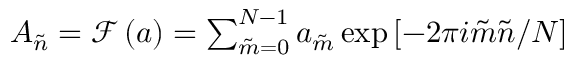
\begin{array} { r } { A _ { \tilde { n } } = \mathcal { F } \left( a \right) = \sum _ { \tilde { m } = 0 } ^ { N - 1 } a _ { \tilde { m } } \exp \left[ - 2 \pi i \tilde { m } \tilde { n } / N \right] } \end{array}